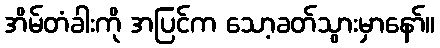
အိမ်တံခါးကို အပြင်က သော့ခတ်သွားမှာနော်။